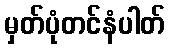
မှတ်ပုံတင်နံပါတ်